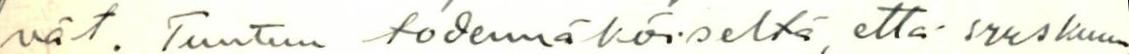
vät. Tuntuu todennäköiseltä, että syyskuun